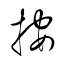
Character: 按